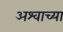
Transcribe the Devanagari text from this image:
अश्वाच्या